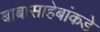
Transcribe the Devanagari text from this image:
बाबासाहेबांकडे